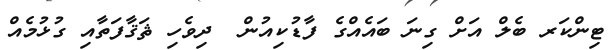
ޓިންކަރ ބެލް އަށް ގިނަ ބައެއްގެ ފާޑުކިއުން  ދިވެހި ޘަޤާފަތާއި ގުޅުމެއް